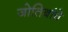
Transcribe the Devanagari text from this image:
जोतिबांचे